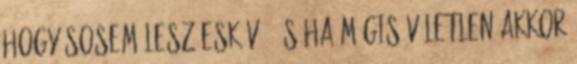
hogy sosem lesz esküvő, és ha mégis véletlen akkor